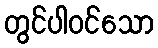
တွင်ပါဝင်သော